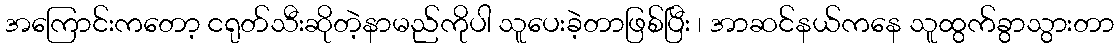
အကြောင်းကတော့ ငရုတ်သီးဆိုတဲ့နာမည်ကိုပါ သူပေးခဲ့တာဖြစ်ပြီး ၊ အာဆင်နယ်ကနေ သူထွက်ခွာသွားတာ